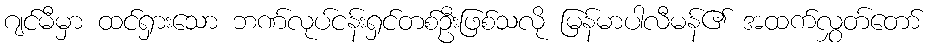
ဂျင်မီမှာ ထင်ရှားသော ဘဏ်လုပ်ငန်းရှင်တစ်ဦးဖြစ်သလို မြန်မာပါလီမန်၏ အထက်လွှတ်တော်